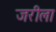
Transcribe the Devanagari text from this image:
जरीला